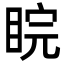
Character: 睆